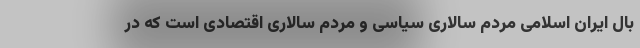
بال ایران اسلامی مردم سالاری سیاسی و مردم سالاری اقتصادی است که در